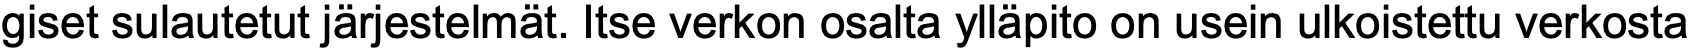
giset sulautetut järjestelmät. Itse verkon osalta ylläpito on usein ulkoistettu verkosta